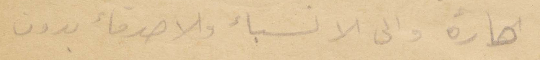
حارة والى الانسباء والأصدقاء بدون